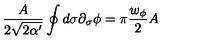
\frac { A } { 2 \sqrt { 2 \alpha ^ { \prime } } } \oint d \sigma \partial _ { \sigma } \phi = \pi \frac { w _ { \phi } } { 2 } A